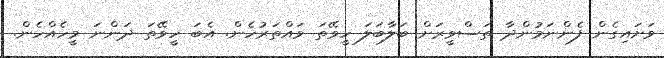
ވަށައިގެން ފެންނަމުންދާ ތަސްވީރަށް ބަލާބަލަ ހީވޭތަ ވައްތަރުހެން. އެބަ ހީވޭތަ ދަންނަ މީހެއްހެން.